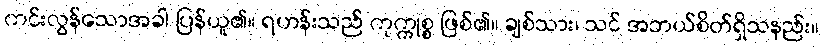
ကင်းလွန်သောအခါ ပြန်ယူ၏။ ရဟန်းသည် ကုက္ကုစ္စ ဖြစ်၏။ ချစ်သား၊ သင် အဘယ်စိတ်ရှိသနည်း။